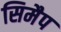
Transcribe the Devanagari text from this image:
सिमैप